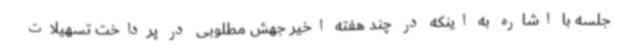
جلسه با اشاره به اینکه در چند هفته اخیر جهش مطلوبی در پرداخت تسهیلات